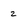
Character: 2